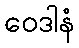
ဝေဒါနံ